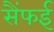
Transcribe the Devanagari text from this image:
सैंफई